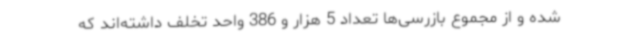
شده و از مجموع بازرسی‌ها تعداد 5 هزار و 386 واحد تخلف داشته‌اند که